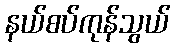
နယ်စပ်ကုန်သွယ်